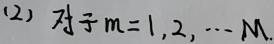
(2) 对于$m = 1,2,\cdots M$